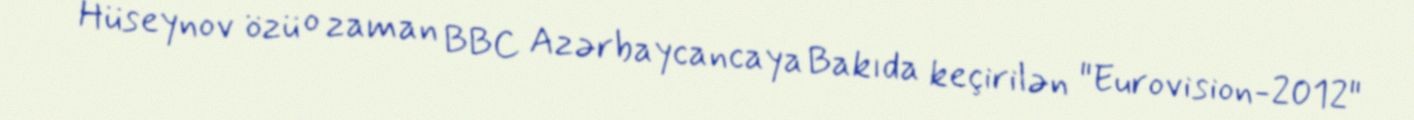
Hüseynov özü o zaman BBC Azərbaycancaya Bakıda keçirilən "Eurovision-2012"